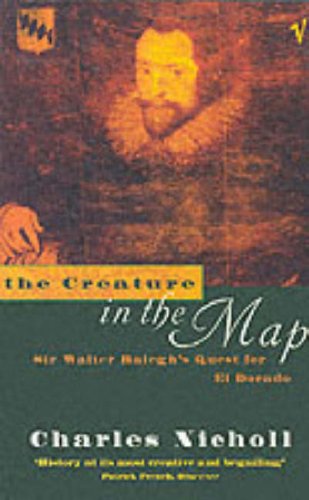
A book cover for THE CREATURE IN THE MAP; CHARLES NICHOLL; Travel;